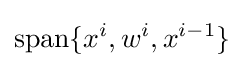
\operatorname {span} \{x^{i},w^{i},x^{i-1}\}